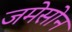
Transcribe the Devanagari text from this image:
जमेसोन